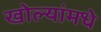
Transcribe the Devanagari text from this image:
खोल्यांमधे